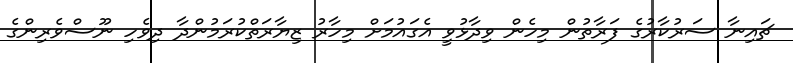
ޗައިނާ ސަރުކާރުގެ ފަރާތުން މިހެން ވިދާޅުވީ އެގައުމަށް މިހާރު ޒިޔާރަތްކުރަމުންދާ ދިވެހި ނޫސްވެރިންގެ